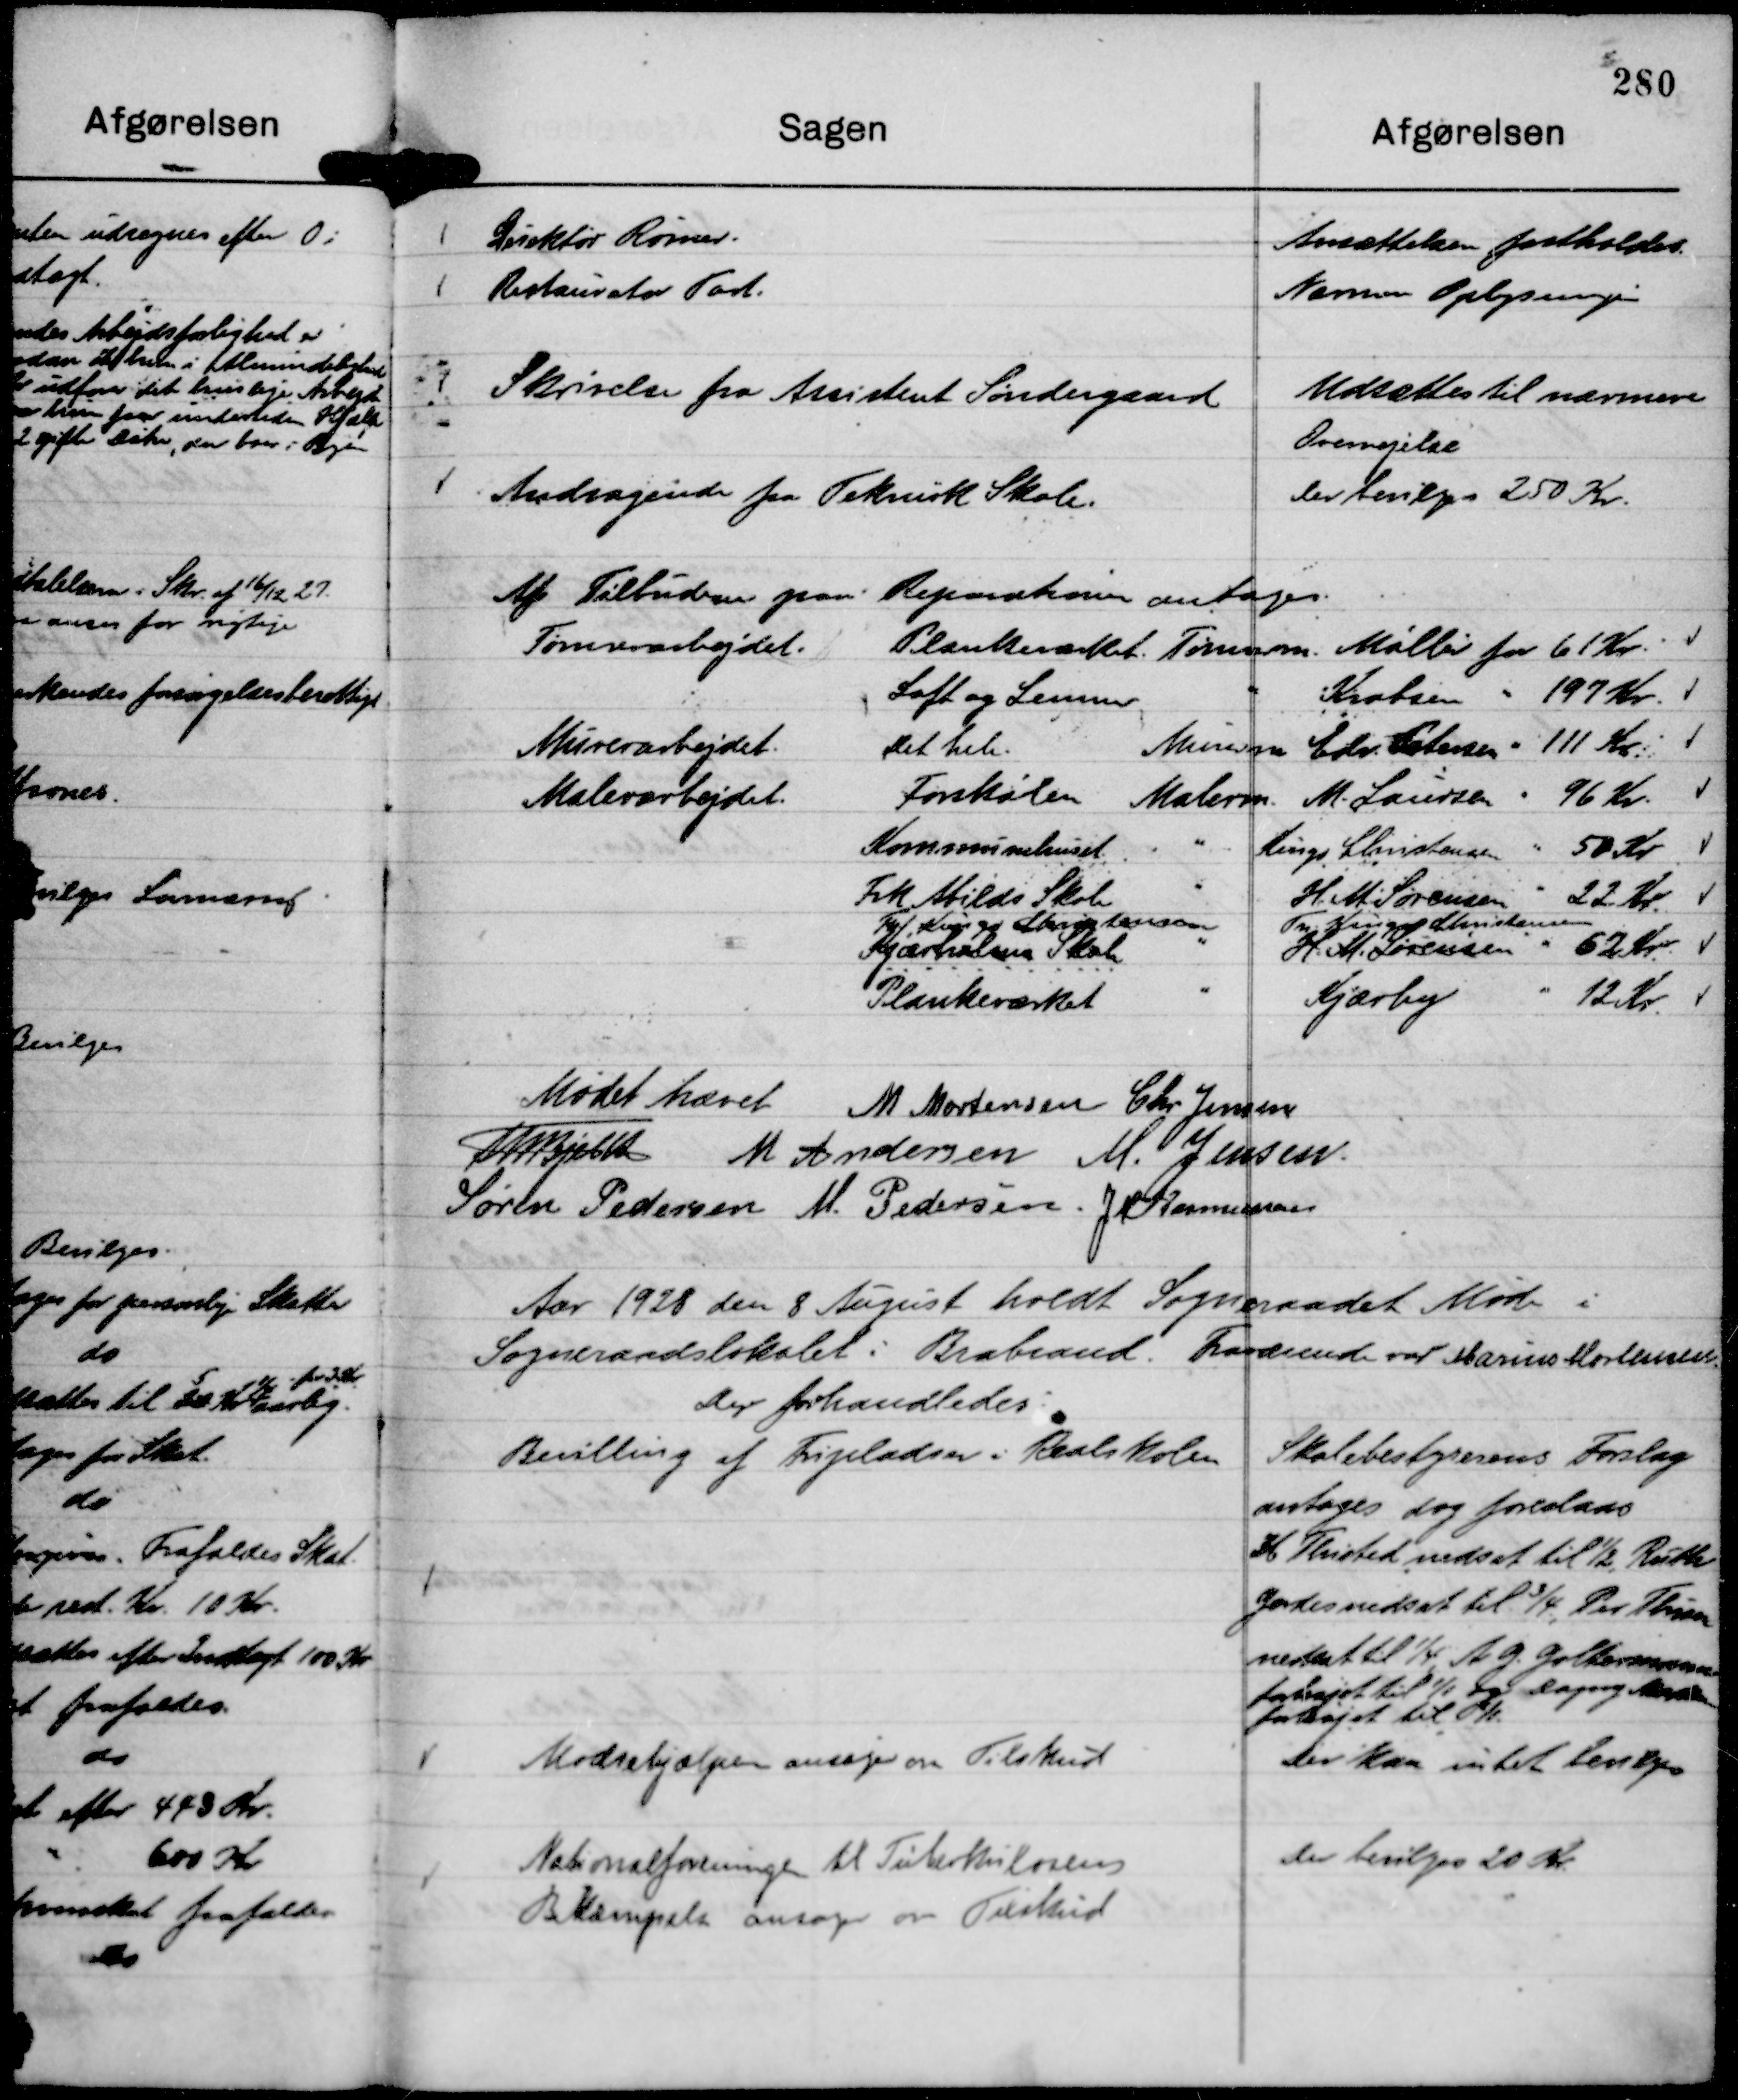
Transskription:
Skrivelse fra Assistent Søndergaard

Udsættes til nærmere
Overvejelse

Andragende fra Teknisk Skole.

Der bevilges 250 Kr.

Af Tilbudene paa Reparationer antages.
Tømrerarbejdet. Plankeværket Tømrerm. Møller for 61 Kr.
Loft og Lemmer
" Krabsen " 197 Kr.
Murerarbejdet.
Det hele.
Murerm Edv. Petersen " 111 Kr.
Malerarbejdet.
Forskolen Malerm. M. Laursen " 96 Kr
Kommunehuset.
"
Kingo Christensen " 50 Kr.
Frk Abilds Skole
"
H. M Sørensen " 22 Kr.
Fgl Kingo Christensen
Kjærholms Skole
"
Fr Kingo Christensen
H. M. Sørensen " 62 Kr.
Plankeværket
"
Kjærby
" 12 Kr.

Mødet hævet
M Mortensen
Chr Jensen
Th Bjelke
M Andersen
M. Jensen.
Søren Pedersen
M. Pedersen.
J M Rasmussen

Aar 1928 den 8 August holdt Sogneraadet Møde i
Sogneraadslokalet i Brabrand. Fraværende var Marius Mortensen.
Der forhandledes:

Bevilling af Fripladser i Realskolen

Skolebestyrelsens Forslag
antages dog foreslaas
Ib Thisted nedsat til ½, Ruth
Gerdes nedsat til ¾, Per Thisen
nedsat til ¼, A G. Goltermann
forhøjet til 1/1 og Dagny Madsen
forhøjet til 1/1.

Mødrehjælpen ansøger om Tilskud

Der kan intet bevilges

Nationalforeningen til Tuberkulosens
Bekæmpelse ansøger om Tilskud

Der bevilges 20 Kr.